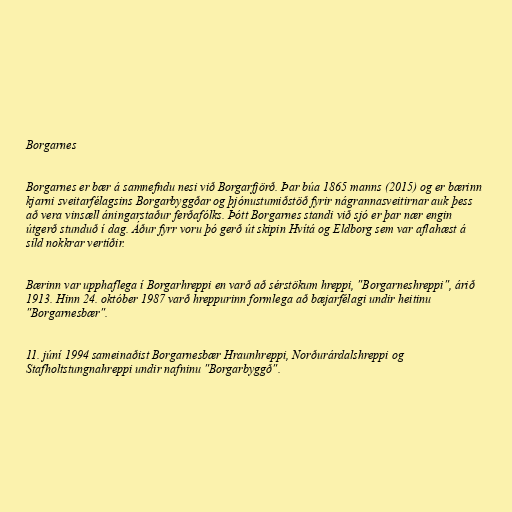
Borgarnes

Borgarnes er bær á samnefndu nesi við Borgarfjörð. Þar búa 1865 manns (2015) og er bærinn
kjarni sveitarfélagsins Borgarbyggðar og þjónustumiðstöð fyrir nágrannasveitirnar auk þess
að vera vinsæll áningarstaður ferðafólks. Þótt Borgarnes standi við sjó er þar nær engin
útgerð stunduð í dag. Áður fyrr voru þó gerð út skipin Hvítá og Eldborg sem var aflahæst á
síld nokkrar vertíðir.

Bærinn var upphaflega í Borgarhreppi en varð að sérstökum hreppi, "Borgarneshreppi", árið
1913. Hinn 24. október 1987 varð hreppurinn formlega að bæjarfélagi undir heitinu
"Borgarnesbær".

11. júní 1994 sameinaðist Borgarnesbær Hraunhreppi, Norðurárdalshreppi og
Stafholtstungnahreppi undir nafninu "Borgarbyggð".